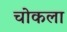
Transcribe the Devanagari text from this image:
चोकला